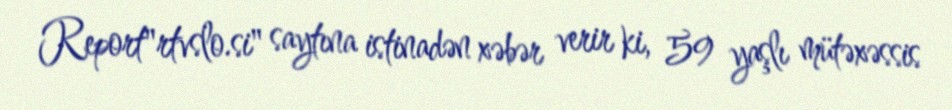
Report"rtvslo.si" saytına istinadən xəbər verir ki, 59 yaşlı mütəxəssis